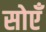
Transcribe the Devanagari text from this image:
सोएँ